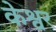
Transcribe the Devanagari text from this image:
केश्वर